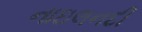
નાઇલનદી